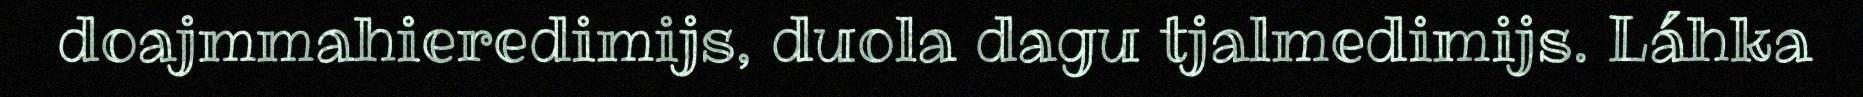
doajmmahieredimijs, duola dagu tjalmedimijs. Láhka